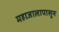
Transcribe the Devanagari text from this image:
महाजालापासून